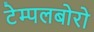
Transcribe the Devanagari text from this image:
टेम्पलबोरो